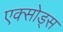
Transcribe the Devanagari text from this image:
एक्सोड्स